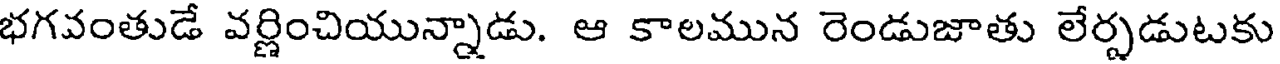
భగవంతుడే వర్ణించియున్నాడు. ఆ కాలమున రెండుజాతు లేర్పడుటకు